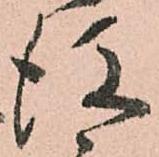
後